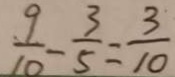
\frac { 9 } { 1 0 } - \frac { 3 } { 5 } = \frac { 3 } { 1 0 }